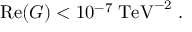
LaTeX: \mathrm { R e } ( G ) < 1 0 ^ { - 7 } \; \mathrm { T e V } ^ { - 2 } \ .